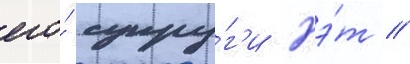
его́ супру́г'и пэ́т //